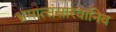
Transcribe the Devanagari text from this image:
भ्रमात्संसारवानिव